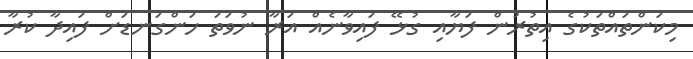
މިކަންތައްތަކުގެ އިތުރުން ފަޔާއި ގުޅޭ ފައިވާނެއް އަރާ ނުވަތަ ހަންގަނޑަށް ފައިދާ ކުރާ